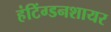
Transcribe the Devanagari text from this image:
हंटिंग्डनशायर